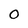
Character: 0